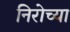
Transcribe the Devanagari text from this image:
निरोच्या